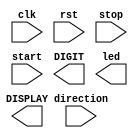
module lab4_1 ( 
    input wire clk,
    input wire rst,
    input wire stop,
    input wire start,
    input wire direction,
    output reg [3:0] DIGIT,
    output reg [6:0] DISPLAY,
    output reg [9:0] led
); 
    /* Note that output ports can be either reg or wire. 
    * It depends on how you design your module. */
    // add your design here
endmodule